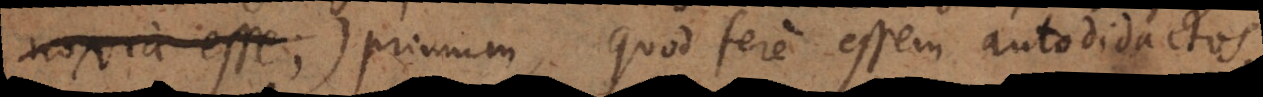
noxia esse;) primum, quod fere essem autodidactos,